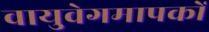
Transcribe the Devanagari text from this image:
वायुवेगमापकों